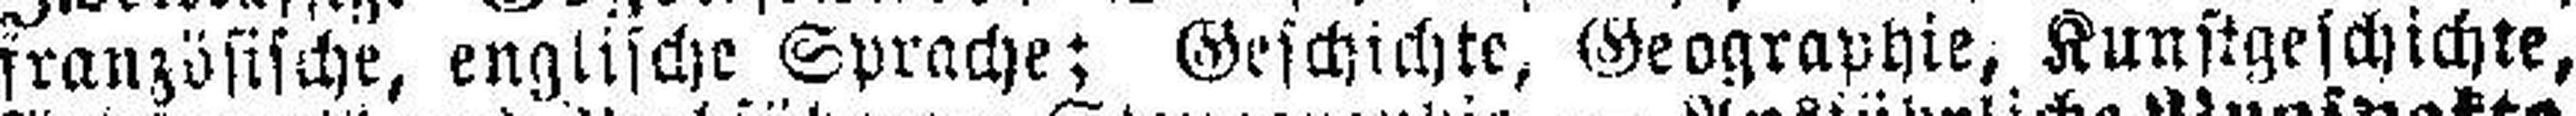
französische, englische Sprache; Geschichte, Geographie, Kunstgeschichte,